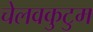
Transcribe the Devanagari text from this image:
चेलवकुटुम